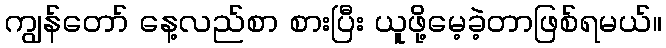
ကျွန်တော် နေ့လည်စာ စားပြီး ယူဖို့မေ့ခဲ့တာဖြစ်ရမယ်။